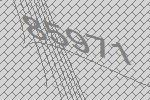
85971